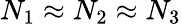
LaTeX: N_{1}\approx N_{2}\approx N_{3}